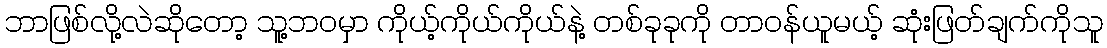
ဘာဖြစ်လို့လဲဆိုတော့ သူ့ဘဝမှာ ကိုယ့်ကိုယ်ကိုယ်နဲ့ တစ်ခုခုကို တာဝန်ယူမယ့် ဆုံးဖြတ်ချက်ကိုသူ